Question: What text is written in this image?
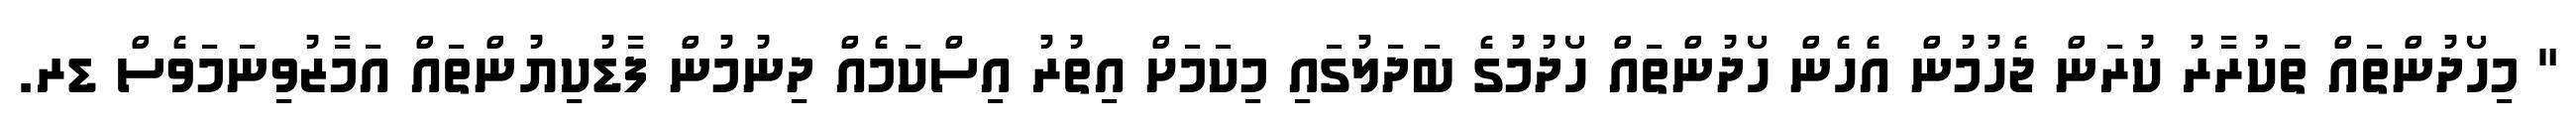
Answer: " މިހޯދުންތައް ތަކުރާރު ކުރަން ޖެހުމުން އެހެން ހޯދުންތައް ހޯދުމުގެ ބަދަލުގައި މިކަމަށް އިތުރު އިސްކަމެއް ދިނުމުން ފާޑުކިޔުންތައް އަމާޒުވިނަމަވެސް ޑރ.